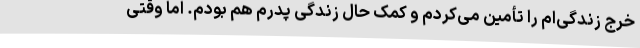
خرج زندگی‌ام را تأمین می‌کردم و کمک حال زندگی پدرم هم بودم. اما وقتی